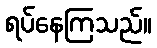
ရပ်နေကြသည်။